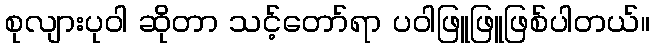
စုလျားပုဝါ ဆိုတာ သင့်တော်ရာ ပဝါဖြူဖြူဖြစ်ပါတယ်။